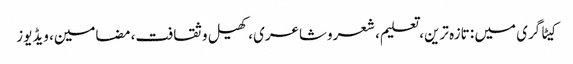
کیٹاگری میں : تازہ ترین، تعلیم، شعروشاعری، کھیل وثقافت، مضامین، ویڈیوز